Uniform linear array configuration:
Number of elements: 12
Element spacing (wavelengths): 0.25
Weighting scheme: uniform
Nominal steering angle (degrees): -60
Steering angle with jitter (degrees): -58.19
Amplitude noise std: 0.05
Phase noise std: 0.05

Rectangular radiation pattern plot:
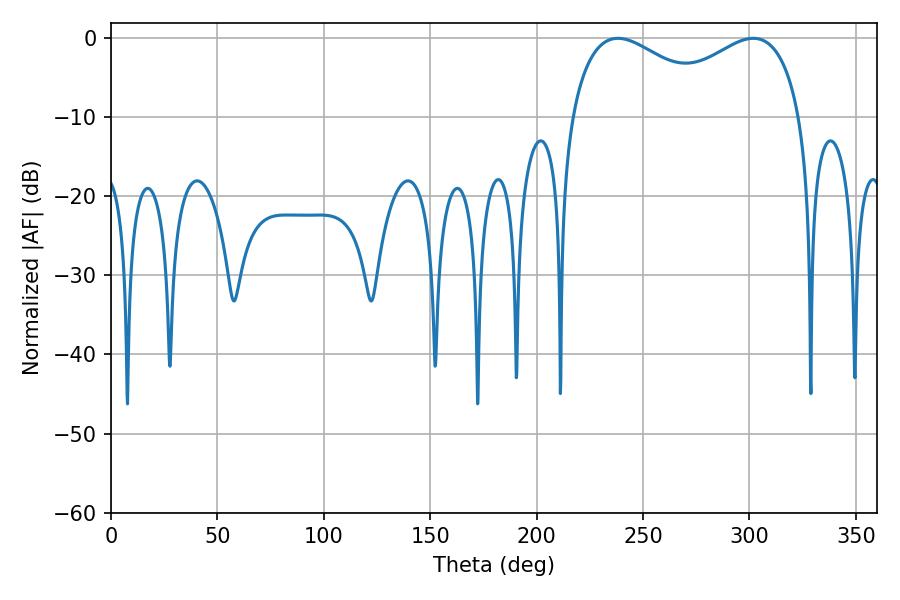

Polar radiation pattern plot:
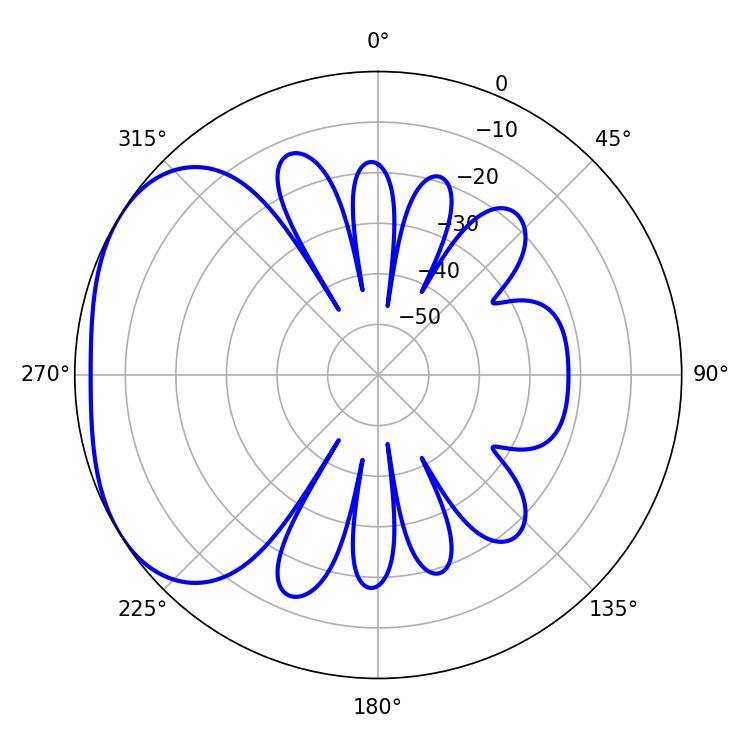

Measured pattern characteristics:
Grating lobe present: FALSE
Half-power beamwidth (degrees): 40.86
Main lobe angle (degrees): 238.14